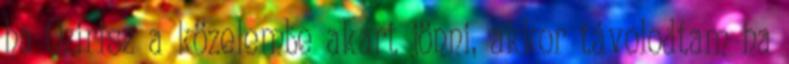
ha Ozirisz a közelembe akart jönni, akkor távolodtam ha